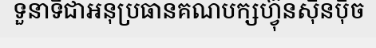
ទួនាទីជាអនុប្រធានគណបក្សហ្វ៊ុនស៊ិនប៉ិច